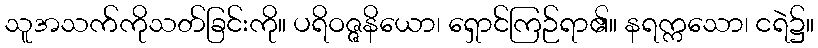
သူအသက်ကိုသတ်ခြင်းကို။ ပရိဝဇ္ဇနိယော၊ ရှောင်ကြဉ်ရာ၏။ နရက္ကသော၊ ငရဲ၌။